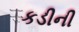
કડીની